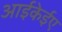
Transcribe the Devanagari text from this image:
आईकेईए